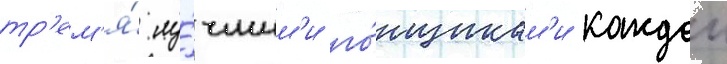
тр'ем'я́ лу́чшим'и го́нщикам'и каждои